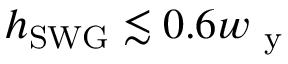
h _ { \mathrm { S W G } } \lesssim 0 . 6 w _ { \mathrm { ~ y ~ } }